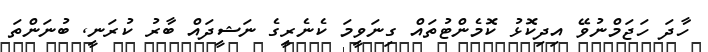
ހާދަ ހަޖަމްނުވޭ އިދިކޮޅު ކޮމެންޓުތައް ގިނަވީމަ ކެނެރީގެ ނަޝީދައް ބާރު ކުރަނީ